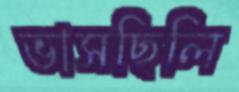
ভাসছিলি